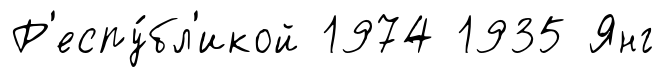
Р'еспу́бл'икой 1974 1935 Янг